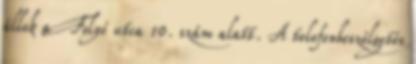
állok a Folyó utca 10. szám alatt. A telefonbeszélgetés